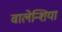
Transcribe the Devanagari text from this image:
वालेन्शिया